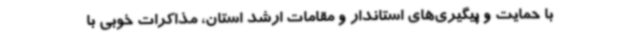
با حمایت و پیگیری‌های استاندار و مقامات ارشد استان، مذاکرات خوبی با